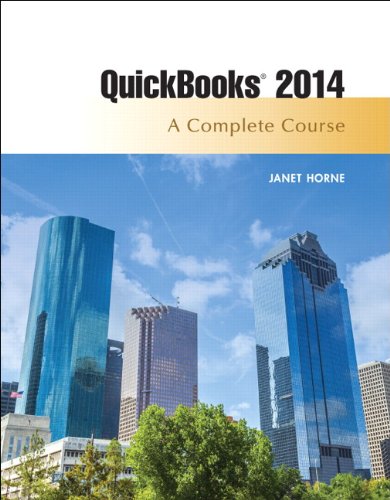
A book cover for Quickbooks 2014: A Complete Course (15th Edition); Janet Horne; Computers & Technology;